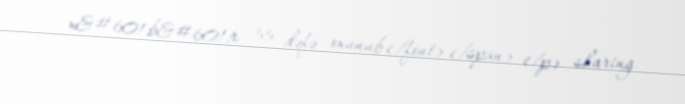
x&#601;b&#601;r 55 dəfə oxunub</font></span> </p> sharing.